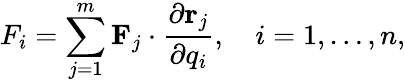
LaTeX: F_{i}=\sum_{j=1}^{m}\mathbf{F}_{j}\cdot{\frac{\partial\mathbf{r}_{j}}{\partial q_{i}}},\quad i=1,\ldots,n,